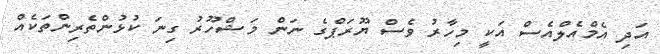
އަދި އެމްއެލްއެސް އަކީ މިހާރު ވެސް ޔޫރަޕްގެ ނަން މަޝްހޫރު ގިނަ ކުޅުންތެރިންތަކެއް